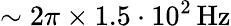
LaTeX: \sim 2\pi\times 1.5\cdot 10^{2}\, \mathrm{Hz}